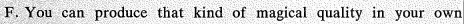
F.You can produce that kind of magical quality in your own